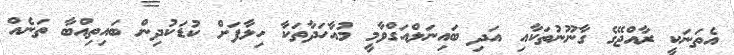
އެތަނަކީ ރާއްޖޭގެ ގާނޫނުތަކާއި އަދި ބައިނަލްއަގްވާމީ މުއާހަދާތަކާ ހިލާފަށް ކުޑަކުދިން ބައިތިއްބާ ތަނެއް